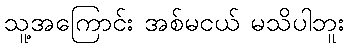
သူ့အကြောင်း အစ်မငယ် မသိပါဘူး